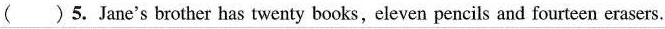
( )5.Jane's brother has twenty books,eleven pencils and fourteen erasers.